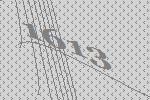
1613